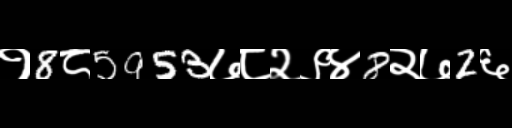
Text: १8८5953७८२९४8२७2६